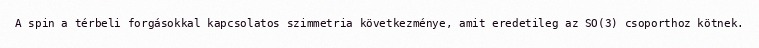
A spin a térbeli forgásokkal kapcsolatos szimmetria következménye, amit eredetileg az SO(3) csoporthoz kötnek.